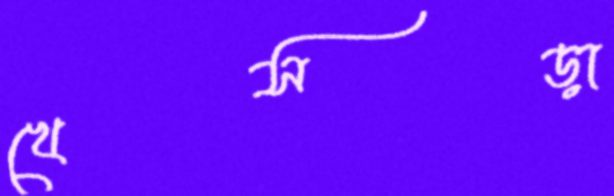
খেসড়া